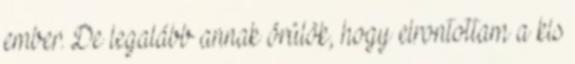
ember. De legalább annak örülök, hogy elrontottam a kis